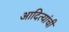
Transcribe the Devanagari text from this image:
आदित्यांची